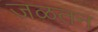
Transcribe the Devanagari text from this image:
जळतन